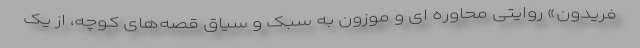
فریدون» روایتی محاوره ای و موزون به سبک و سیاق قصه‌های کوچه، از یک